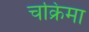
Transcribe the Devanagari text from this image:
चक्रिमा